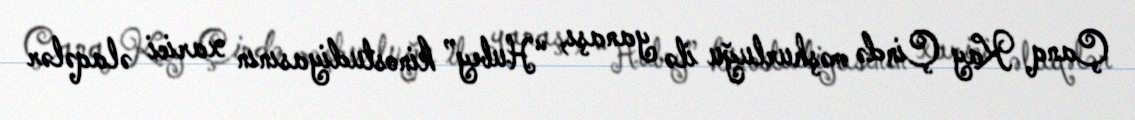
Çanq Kay Çində məşhurluğu ilə yanaşı, “Hubey” kinostudiyasının xarici əlaqələr